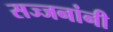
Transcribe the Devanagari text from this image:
सज्जनांनी